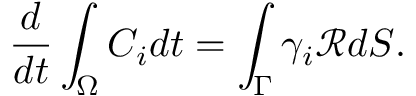
\frac { d } { d t } \int _ { \Omega } C _ { i } d t = \int _ { \Gamma } \gamma _ { i } \mathcal { R } d S .